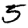
Digit: 5